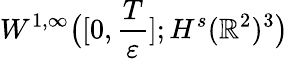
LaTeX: W^{1,\infty}\big([0,\frac{T}{\varepsilon}];H^{s}(\mathbb{R}^{2})^{3}\big)